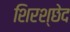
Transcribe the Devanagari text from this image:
शिरश्छेद